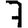
Digit: 7